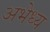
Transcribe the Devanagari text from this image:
अभेध्य